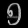
Digit: ၅